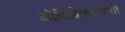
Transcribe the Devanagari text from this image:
कोरिओग्राफरची